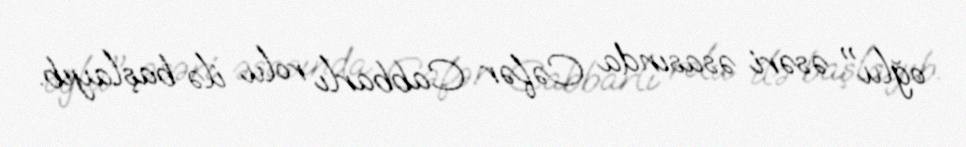
oğlu" əsəri əsasında Cəfər Cabbarlı rolu ilə başlayıb.